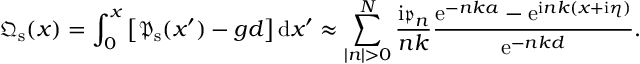
{ \mathfrak { Q } } _ { \mathrm { s } } ( x ) = \int _ { 0 } ^ { x } \left[ \/ { \mathfrak { P } } _ { \mathrm { s } } ( x ^ { \prime } ) - g d \/ \right] \mathrm { d } x ^ { \prime } \approx \sum _ { | n | > 0 } ^ { N } \frac { \mathrm { i } \mathfrak { p } _ { n } } { n k } \frac { \mathrm { e } ^ { - n k a } - \mathrm { e } ^ { \mathrm { i } n k ( x + \mathrm { i } \eta ) } } { \mathrm { e } ^ { - n k d } } .